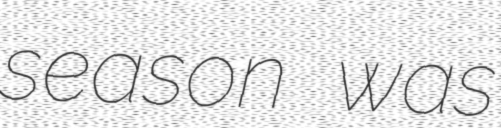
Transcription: season was